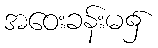
အဝေးခန်းမ၌